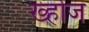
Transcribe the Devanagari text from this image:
ख्होज